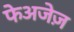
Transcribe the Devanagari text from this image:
फेअजेज़